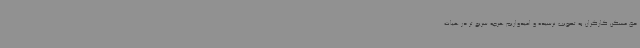
حق مسکن کارگران به تصویب نرسیده و امیدواریم هرچه سریع تر در هیات